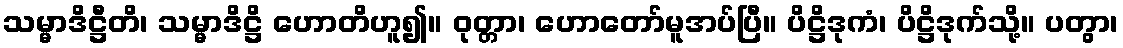
သမ္မာဒိဋ္ဌီတိ၊ သမ္မာဒိဋ္ဌိ ဟောတိဟူ၍။ ဝုတ္တာ၊ ဟောတော်မူအပ်ပြီ။ ပိဋ္ဌိဒုကံ၊ ပိဋ္ဌိဒုက်သို့။ ပတွာ၊